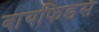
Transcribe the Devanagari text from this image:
बायफिडस